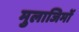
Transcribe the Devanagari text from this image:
मुलाजिमों